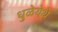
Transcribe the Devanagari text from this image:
धुळेयेथे